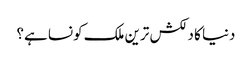
دنیا کا دلکش ترین ملک کونسا ہے؟